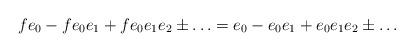
LaTeX: \begin{align*} f e_0 - f e_0 e_1 + f e_0 e_1 e_2 \pm \ldots = e_0 - e_0 e_1 + e_0 e_1 e_2 \pm \ldots\end{align*}